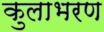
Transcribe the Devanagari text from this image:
कुलाभरण